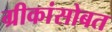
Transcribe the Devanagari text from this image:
ग्रीकांसोबत